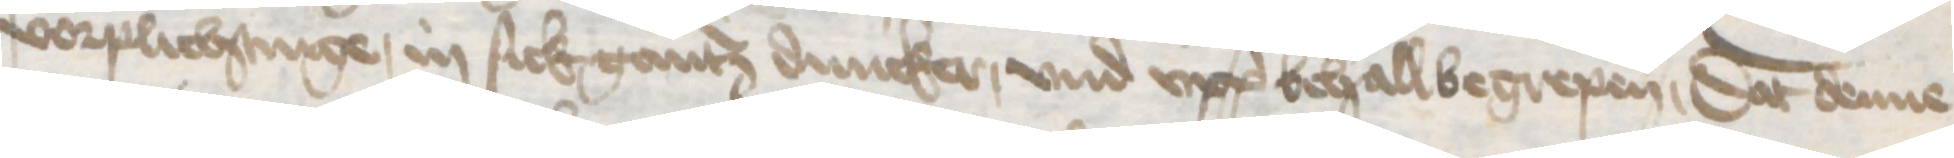
vorplichtinge, in sick gantz duncker, vnd vpp behall begrepen, Dat denne